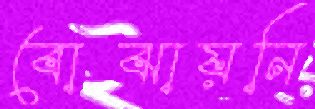
বোঝায়নি